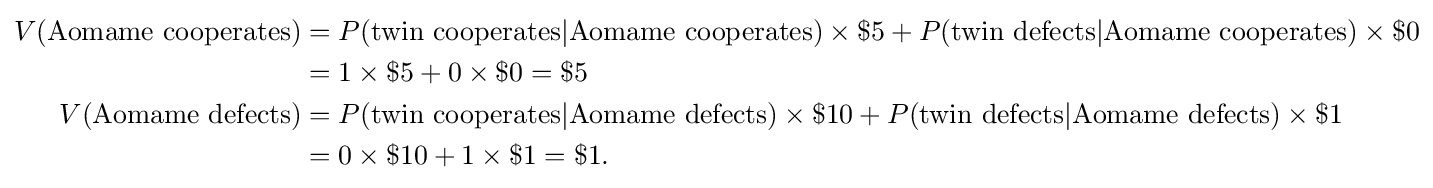
{\begin{aligned}V({\text{Aomame cooperates}})&=P({\text{twin cooperates}}|{\text{Aomame cooperates}})\times \$5+P({\text{twin defects}}|{\text{Aomame cooperates}})\times \$0\\&=1\times \$5+0\times \$0=\$5\\V({\text{Aomame defects}})&=P({\text{twin cooperates}}|{\text{Aomame defects}})\times \$10+P({\text{twin defects}}|{\text{Aomame defects}})\times \$1\\&=0\times \$10+1\times \$1=\$1.\end{aligned}}